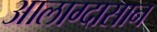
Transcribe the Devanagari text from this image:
आलाग्दासान